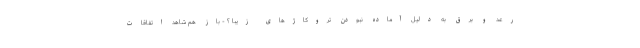
رعد و برق به دلیل آماده نبودن تروکاژهای زیبا ؟ - باز هم شاهد اتفاقات